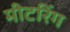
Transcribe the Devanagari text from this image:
मीटरिंग